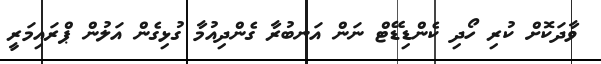
ވާދަކޮށް ކުރި ހޯދި ކެންޑިޑޭޓް ނަން އަނބުރާ ގެންދިއުމާ ގުޅިގެން އަލުން ޕްރައިމަރީ